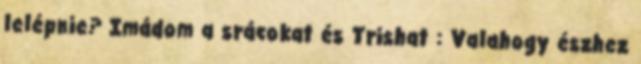
lelépnie? Imádom a srácokat és Trishat : Valahogy észhez